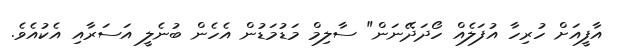
އާފީއަށް ހުރިހާ އުފަލެއް ހޯދަދޭނަން" ސާލިމް މަޑުމަޑުން އެހެން ބުނެލީ އަސަރާއި އެކުއެވެ.